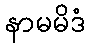
နာမမိဒံ